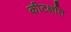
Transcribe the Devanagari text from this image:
कीटक्षति